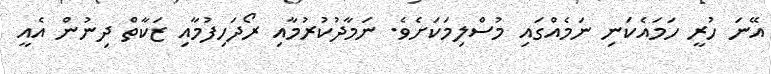
އޭނަ ހުރީ ހަމައެކަނި ނަމެއްގައި މުސްލިމަކަށެވެ. ނަމާދުކުރުމާއި ރޯދަހިފުމާއި ޒަކާތް ދިނުން އެއީ